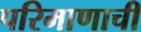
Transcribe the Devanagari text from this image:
परिमाणाची